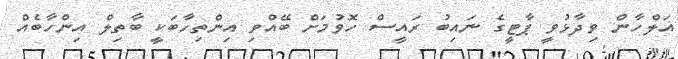
އަލްހާން ވިދާޅުވީ ޕާޓީގެ ނައިބު ރައީސް ހޮވުމަށް ބޭއްވި އިންތިހާބަކީ ބާތިލް އިންހާބެއް